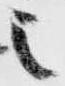
之